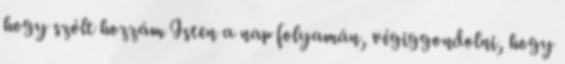
hogy szólt hozzám Isten a nap folyamán, végiggondolni, hogy